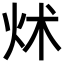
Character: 炢